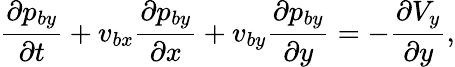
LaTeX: \frac{\partial p_{by}}{\partial t}+v_{bx}\frac{\partial p_{by}}{\partial x}+v_{by}\frac{\partial p_{by}}{\partial y}=-\frac{\partial V_{y}}{\partial y},